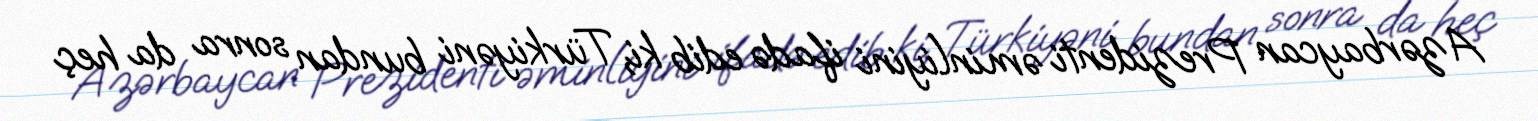
Azərbaycan Prezidenti əminliyini ifadə edib ki, Türkiyəni bundan sonra da heç